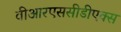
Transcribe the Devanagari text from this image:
वीआरएससीडीएक्स